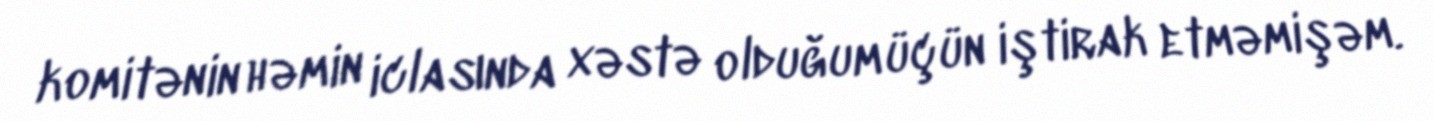
komitənin həmin iclasında xəstə olduğum üçün iştirak etməmişəm.